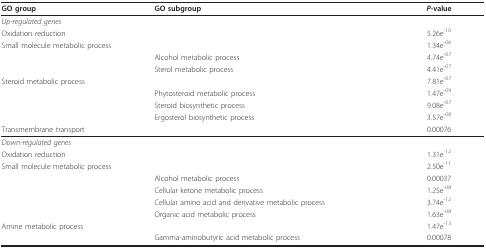
<table><thead><tr><td><b>GO group</b></td><td><b>GO subgroup</b></td><td><b><i>P</i>-value</b></td></tr></thead><tbody><tr><td><i>Up-regulated genes</i></td><td></td><td></td></tr><tr><td>Oxidation reduction</td><td></td><td>5.26e<sup>-10</sup></td></tr><tr><td colspan="2">Small molecule metabolic process</td><td>1.34e<sup>-06</sup></td></tr><tr><td></td><td>Alcohol metabolic process</td><td>4.74e<sup>-07</sup></td></tr><tr><td></td><td>Sterol metabolic process</td><td>4.41e<sup>-07</sup></td></tr><tr><td>Steroid metabolic process</td><td></td><td>7.81e<sup>-07</sup></td></tr><tr><td></td><td>Phytosteroid metabolic process</td><td>1.47e<sup>-09</sup></td></tr><tr><td></td><td>Steroid biosynthetic process</td><td>9.08e<sup>-07</sup></td></tr><tr><td></td><td>Ergosterol biosynthetic process</td><td>3.57e<sup>-08</sup></td></tr><tr><td>Transmembrane transport</td><td></td><td>0.00076</td></tr><tr><td><i>Down-regulated genes</i></td><td></td><td></td></tr><tr><td>Oxidation reduction</td><td></td><td>1.31e<sup>-12</sup></td></tr><tr><td colspan="2">Small molecule metabolic process</td><td>2.50e<sup>-11</sup></td></tr><tr><td></td><td>Alcohol metabolic process</td><td>0.00037</td></tr><tr><td></td><td>Cellular ketone metabolic process</td><td>1.25e<sup>-08</sup></td></tr><tr><td></td><td>Cellular amino acid and derivative metabolic process</td><td>3.74e<sup>-12</sup></td></tr><tr><td></td><td>Organic acid metabolic process</td><td>1.63e<sup>-08</sup></td></tr><tr><td>Amine metabolic process</td><td></td><td>1.47e<sup>-13</sup></td></tr><tr><td></td><td>Gamma-aminobutyric acid metabolic process</td><td>0.00078</td></tr></tbody></table>